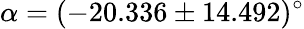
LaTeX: \alpha=(-20.336\pm 14.492)^{\circ}